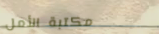
مكتبة الأمل